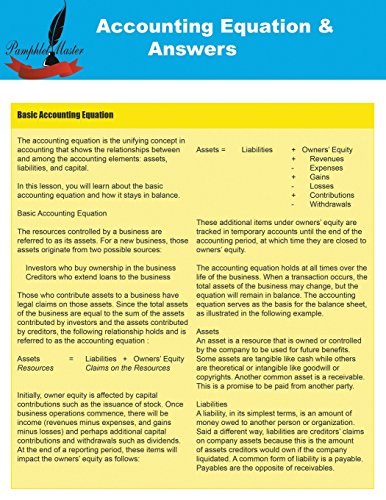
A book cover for Accounting Equations & Answers; Pamphlet Master; Reference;